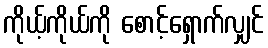
ကိုယ့်ကိုယ်ကို စောင့်ရှောက်လျှင်